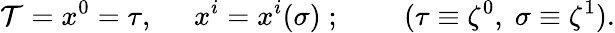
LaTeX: \mathcal{T}=x^{0}=\tau,\; \; \; \; \; x^{i}=x^{i}(\sigma){\; };\; \; \; \; \; \; \; \; (\tau\equiv\zeta^{0},\; \sigma\equiv\zeta^{1}).